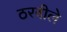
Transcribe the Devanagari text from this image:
ठरवीले